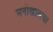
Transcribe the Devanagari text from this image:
मनोखालचा